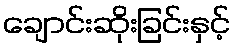
ချောင်းဆိုးခြင်းနှင့်